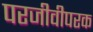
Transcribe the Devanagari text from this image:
परजीवीपरक